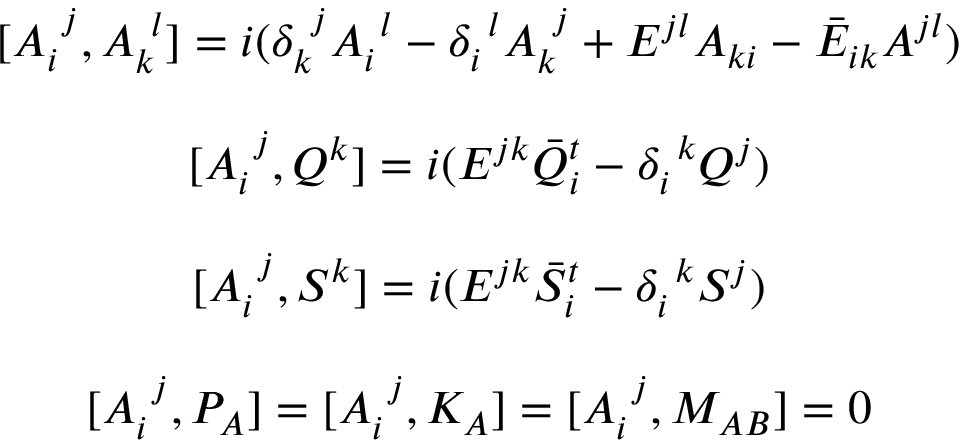
\begin{array} { c } { { [ A _ { i } ^ { ~ j } , A _ { k } ^ { ~ l } ] = i ( \delta _ { k } ^ { ~ j } A _ { i } ^ { ~ l } - \delta _ { i } ^ { ~ l } A _ { k } ^ { ~ j } + { \cal E } ^ { j l } A _ { k i } - \bar { \cal E } _ { i k } A ^ { j l } ) } } \\ { { { } } } \\ { { { [ A _ { i } ^ { ~ j } , Q ^ { k } ] = i ( { \cal E } ^ { j k } \bar { Q } _ { i } ^ { t } - \delta _ { i } ^ { ~ k } Q ^ { j } ) } } } \\ { { { } } } \\ { { { [ A _ { i } ^ { ~ j } , S ^ { k } ] = i ( { \cal E } ^ { j k } \bar { S } _ { i } ^ { t } - \delta _ { i } ^ { ~ k } S ^ { j } ) } } } \\ { { { } } } \\ { { \displaystyle { [ A _ { i } ^ { ~ j } , P _ { A } ] = [ A _ { i } ^ { ~ j } , K _ { A } ] = [ A _ { i } ^ { ~ j } , M _ { A B } ] = 0 } } } \end{array}